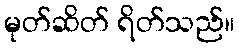
မုတ်ဆိတ် ရိတ်သည်။